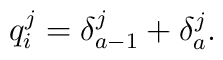
q^j_i=\delta^j_{a-1}+\delta^j_{a}.